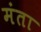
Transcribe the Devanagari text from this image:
मंता